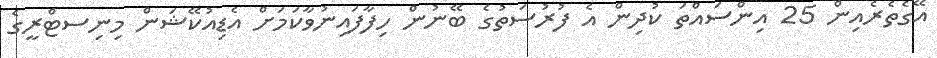
އޭގެތެރެއިން 25 އިންސައްތަ ކުދިން އެ ފުރުސަތުގެ ބޭނުން ހިފާފައިނުވާކަމަށް އެޑިއުކޭޝަން މިނިސޓްރީގެ